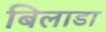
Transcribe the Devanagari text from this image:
बिलाडा